Election expenses, 1914, 1914
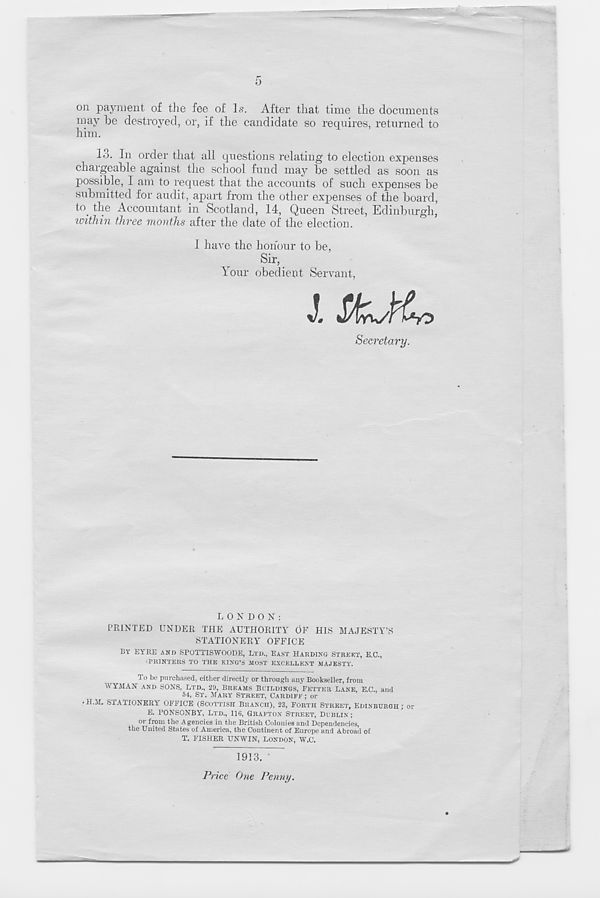
on payment of the fee of Is. After that time the documents
may be destroyed, or, if the candidate so requires, returned to
him.
13. In order that all questions relating to election expenses
chargeable against the school fund may be settled as soon as
possible, I am to request that the accounts of such expenses be
submitted for audit, apart from the other expenses of the board,
to. the Accountant in Scotland, 14, Queen Street, Edinburgh,
within three months after the date of the election.
1 have the honour to be,
Sir,
Your obedient Servant,
Secretary.
LONDON:
PRINTED UNDER THE AUTHORITY OF HIS MAJESTY’S
STATIONERY OFFICE
BY EYRE AND SPOTTISWOODE, LTD., EAST HARDING STREKT, E.C.,
‘PRINTERS TO THE KING’S MOST EXCELLENT MAJESTY'.
To be purchased, either directly or through any Bookseller, from
WYMAN AND SONS, LTD., 29, BREAMS BUILDINGS, FETTER LANE E.C, and
54, ST. MARY STREET, CARDIFF ; or
.H.M. STATIONERY OFFICE (SCOTTISH BRANCH), 23, FORTH STREET, EDINBURGH; or
E. PONSONBY, LTD., lie, GRAFTON STREET, DUBLIN;
01
Agencies in the British Colonies and Dependencies,
the United States of America, the Continent of Europe and Abroad of
T. FISHER UNWIN, LONDON, W.C.
1913. ’
Price One Penny.